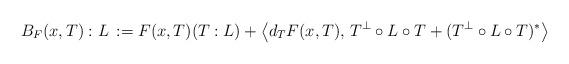
LaTeX: \begin{align*}B_F(x,T): L\, := F(x,T) (T:L)+\big\langle d_T F(x,T) ,\,T^\perp\circ L\circ T +(T^\perp\circ L\circ T)^*\big\rangle \end{align*}